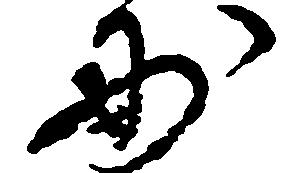
妙